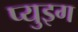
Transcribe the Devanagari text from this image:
प्युइग